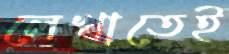
লেখাতেই